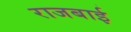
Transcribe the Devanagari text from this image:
राजबाई